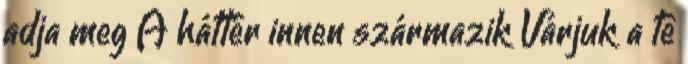
adja meg A háttér innen származik Várjuk a te